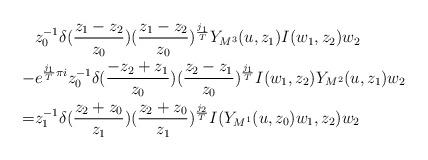
LaTeX: \begin{align*} &z_0^{-1}\delta(\frac{z_1-z_2}{z_0})(\frac{z_1-z_2}{z_0})^{\frac{j_1}{T}}Y_{M^3}(u,z_1)I(w_1,z_2)w_2\\ -&e^{\frac{j_1}{T}\pi i}z_0^{-1}\delta(\frac{-z_2+z_1}{z_0})(\frac{z_2-z_1}{z_0})^{\frac{j_1}{T}}I(w_1,z_2)Y_{M^2}(u,z_1)w_2\\ =&z_1^{-1}\delta(\frac{z_2+z_0}{z_1})(\frac{z_2+z_0}{z_1})^{\frac{j_2}{T}}I(Y_{M^1}(u,z_0)w_1,z_2)w_2 \end{align*}